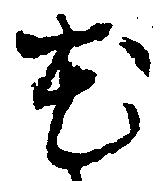
花